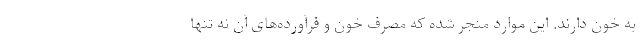
به خون دارند. این موارد منجر شده که مصرف خون و فرآورده‌های آن نه تنها